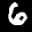
Label: 6